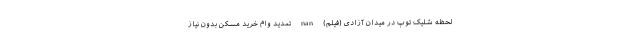
لحظه شلیک توپ در میدان آزادی (فیلم) nan تمدید وام خرید مسکن بدون نیاز